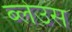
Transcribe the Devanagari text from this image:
ब्लेउस